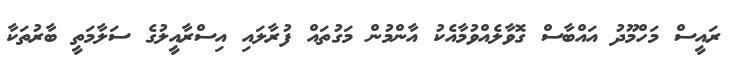
ރައީސް މަހްމޫދު އައްބާސް ގޮވާލެއްވުމާއެކު އާންމުން މަގުތައް ފުރާލައި އިސްރާއީލުގެ ސަލާމަތީ ބާރުތަކާ